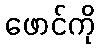
ဖောင်ကို